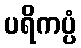
ပရိကပ္ပံ